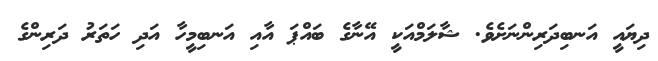
ދިޔައީ އަނބިދަރިންނަށެވެ. ޝާލަމްއަކީ އޭނާގެ ބައްޕަ އާއި އަނބިމީހާ އަދި ހަތަރު ދަރިންގެ